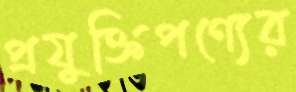
প্রযুক্তিপণ্যের